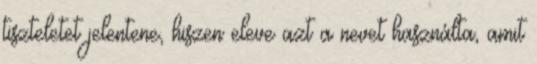
tiszteletet jelentene, hiszen eleve azt a nevet használta, amit